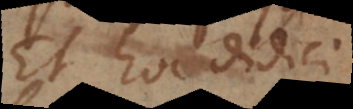
Et hoc didici